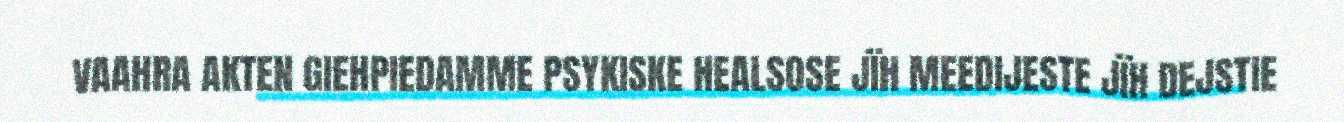
VAAHRA AKTEN GIEHPIEDAMME PSYKISKE HEALSOSE JÏH MEEDIJESTE JÏH DEJSTIE